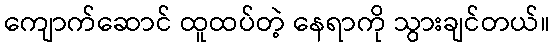
ကျောက်ဆောင် ထူထပ်တဲ့ နေရာကို သွားချင်တယ်။